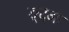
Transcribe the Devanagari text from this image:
ङ्ट्आ